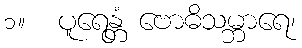
၁။  ပူရေန္တံ ဗောဓိသမ္ဘာရေ၊